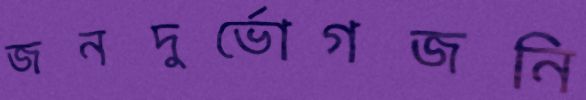
জনদুর্ভোগজনি